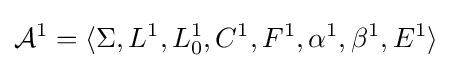
{\mathcal {A}}^{1}=\langle \Sigma ,L^{1},L_{0}^{1},C^{1},F^{1},\alpha ^{1},\beta ^{1},E^{1}\rangle